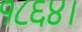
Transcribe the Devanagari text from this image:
१८६४।